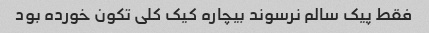
فقط پیک سالم نرسوند بیچاره کیک کلی تکون خورده بود